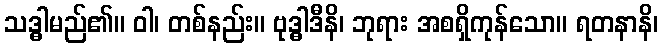
သဒ္ဓါမည်၏။ ဝါ၊ တစ်နည်း။ ဗုဒ္ဓါဒီနိ၊ ဘုရား အစရှိကုန်သော။ ရတနာနိ၊